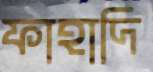
ফাহাদি